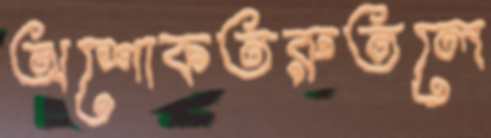
অশোকতরুতলে